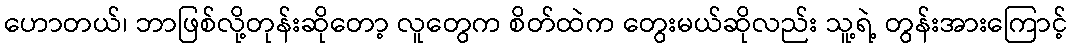
ဟောတယ်၊ ဘာဖြစ်လို့တုန်းဆိုတော့ လူတွေက စိတ်ထဲက တွေးမယ်ဆိုလည်း သူ့ရဲ့ တွန်းအားကြောင့်